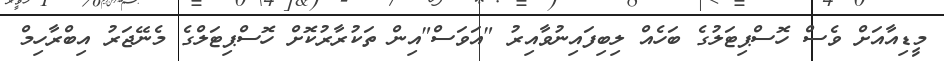
މީޑިއާއަށް ވެސް ހޮސްޕިޓަލުގެ ބަހެއް ލިބިފައިނުވާއިރު "އަވަސް"އިން ތަކުރާރުކޮށް ހޮސްޕިޓަލްގެ މެނޭޖަރު އިބްރާހިމް